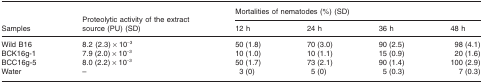
| <ROWSPAN=2> Samples | <ROWSPAN=2> Proteolytic activity of the extract source (PU) (SD) | <COLSPAN=4> Mortalities of nematodes (%) (SD) |
 | 12 h | 24 h | 36 h | 48 h |
 | --- | --- | --- | --- | --- | --- |
 | Wild B16 | 8.2 (2.3) × 10−3 | 50 (1.8) | 70 (3.0) | 90 (2.5) | 98 (4.1) |
 | BCK16g-1 | 7.9 (2.0) × 10−3 | 10 (1.0) | 10 (1.1) | 15 (0.9) | 20 (1.6) |
 | BCC16g-5 | 8.0 (2.2) × 10−3 | 50 (1.7) | 73 (2.1) | 90 (1.4) | 100 (2.9) |
 | Water | – | 3 (0) | 5 (0) | 5 (0.3) | 7 (0.3) |